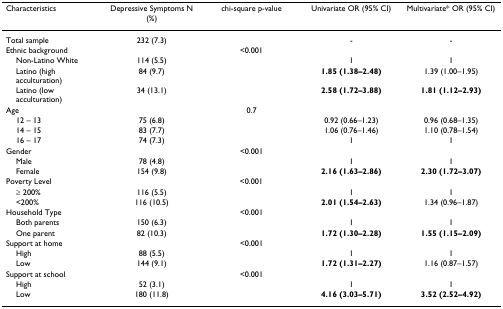
| Characteristics | Depressive Symptoms N (%) | chi-square p-value | Univariate OR (95% CI) | Multivariate* OR (95% CI) |
 | --- | --- | --- | --- | --- |
 | Total sample | 232 (7.3) |  | - | - |
 | Ethnic background |  | <0.001 |  |  |
 | Non-Latino White | 114 (5.5) |  | 1 | 1 |
 | Latino (high acculturation) | 84 (9.7) |  | 1.85 (1.38–2.48) | 1.39 (1.00–1.95) |
 | Latino (low acculturation) | 34 (13.1) |  | 2.58 (1.72–3.88) | 1.81 (1.12–2.93) |
 | Age |  | 0.7 |  |  |
 | 12 – 13 | 75 (6.8) |  | 0.92 (0.66–1.23) | 0.96 (0.68–1.35) |
 | 14 – 15 | 83 (7.7) |  | 1.06 (0.76–1.46) | 1.10 (0.78–1.54) |
 | 16 – 17 | 74 (7.3) |  | 1 | 1 |
 | Gender |  | <0.001 |  |  |
 | Male | 78 (4.8) |  | 1 | 1 |
 | Female | 154 (9.8) |  | 2.16 (1.63–2.86) | 2.30 (1.72–3.07) |
 | Poverty Level |  | <0.001 |  |  |
 | ≥ 200% | 116 (5.5) |  | 1 | 1 |
 | <200% | 116 (10.5) |  | 2.01 (1.54–2.63) | 1.34 (0.96–1.87) |
 | Household Type |  | <0.001 |  |  |
 | Both parents | 150 (6.3) |  | 1 | 1 |
 | One parent | 82 (10.3) |  | 1.72 (1.30–2.28) | 1.55 (1.15–2.09) |
 | Support at home |  | <0.001 |  |  |
 | High | 88 (5.5) |  | 1 | 1 |
 | Low | 144 (9.1) |  | 1.72 (1.31–2.27) | 1.16 (0.87–1.57) |
 | Support at school |  | <0.001 |  |  |
 | High | 52 (3.1) |  | 1 | 1 |
 | Low | 180 (11.8) |  | 4.16 (3.03–5.71) | 3.52 (2.52–4.92) |